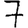
Digit: 7